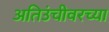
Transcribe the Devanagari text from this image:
अतिउंचीवरच्या